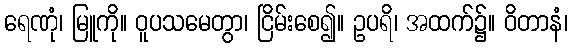
ရေဏုံ၊ မြူကို။ ဝူပသမေတွာ၊ ငြိမ်းစေ၍။ ဥပရိ၊ အထက်၌။ ဝိတာနံ၊